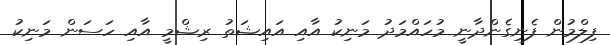
ފިލްމުން ފެނިގެންދާނީ މުހައްމަދު މަނިކު އާއި އައިޝަތު ރިޝްމީ އާއި ހަސަން މަނިކު